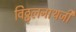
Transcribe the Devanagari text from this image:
विठ्ठलनाथजी